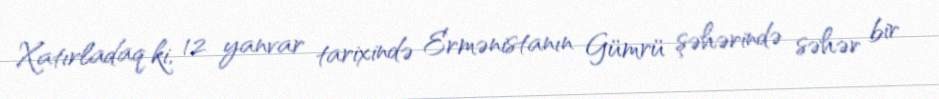
Xatırladaq ki, 12 yanvar tarixində Ermənistanın Gümrü şəhərində səhər bir